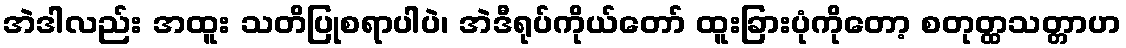
အဲဒါလည်း အထူး သတိပြုစရာပါပဲ၊ အဲဒီရုပ်ကိုယ်တော် ထူးခြားပုံကိုတော့ စတုတ္ထသတ္တာဟ